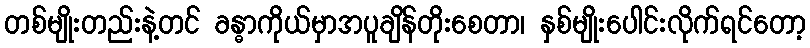
တစ်မျိုးတည်းနဲ့တင် ခန္ဓာကိုယ်မှာအပူချိန်တိုးစေတာ၊ နှစ်မျိုးပေါင်းလိုက်ရင်တော့